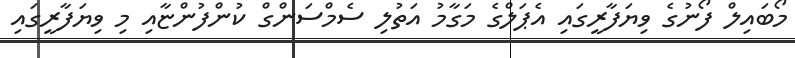
މޯބައިލް ފޯނުގެ ވިޔަފާރީގައި އެޕަލްގެ މަގާމު އަތުލި ސެމްސަންގް ކުންފުންޏާއި މި ވިޔަފާރީގައި